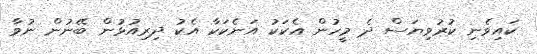
ކައިވެނި ކުރުވިޔަސް ދެ މީހުން އެކަކު އަނެކަކާ އެކު ދިރިއުޅުން ބޭނުން ނުވާ